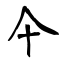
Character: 仐